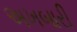
અખબારી